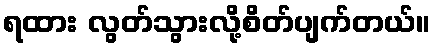
ရထား လွတ်သွားလို့စိတ်ပျက်တယ်။